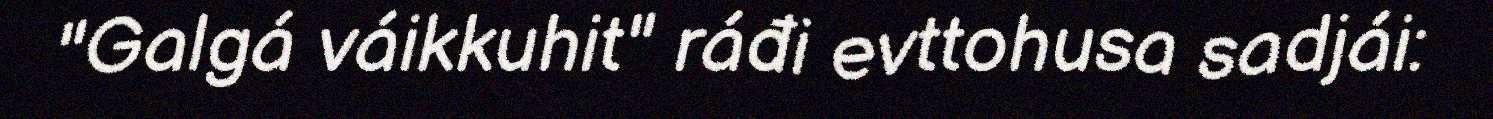
"Galgá váikkuhit" ráđi evttohusa sadjái: